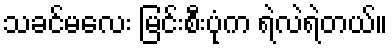
သခင်မလေး မြင်းစီးပုံက ရဲလဲရဲတယ်။